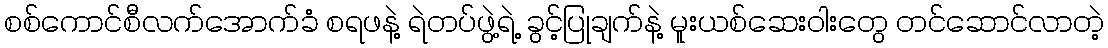
စစ်ကောင်စီလက်အောက်ခံ စရဖနဲ့ ရဲတပ်ဖွဲ့ရဲ့ ခွင့်ပြုချက်နဲ့ မူးယစ်ဆေးဝါးတွေ တင်ဆောင်လာတဲ့